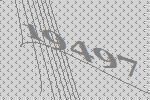
19497